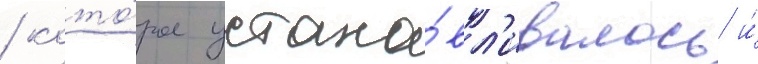
/ кото́рое устана́вл'ивалось и́